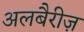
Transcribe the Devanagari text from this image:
अलबैरीज़